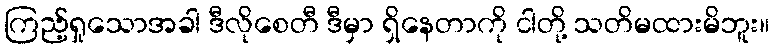
ကြည့်ရှုသောအခါ ဒီလိုစေတီ ဒီမှာ ရှိနေတာကို ငါတို့ သတိမထားမိဘူး။